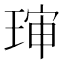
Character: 㻘